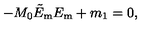
- M _ { 0 } \tilde { E } _ { \mathrm { m } } E _ { \mathrm { m } } + m _ { 1 } = 0 ,